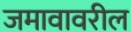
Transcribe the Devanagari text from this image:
जमावावरील